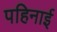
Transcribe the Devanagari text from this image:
पहिनाई